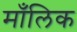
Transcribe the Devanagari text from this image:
माँलिक